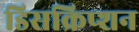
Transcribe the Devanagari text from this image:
डिसक्रिप्शन